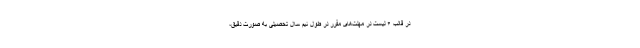
در قالب ۶ لیست در مهلت‌های مقرر در طول نیم سال تحصیلی به صورت دقیق،